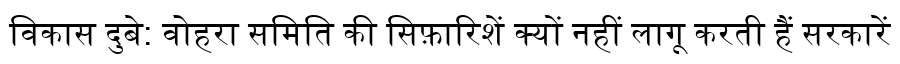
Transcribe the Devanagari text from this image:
विकास दुबे: वोहरा समिति की सिफ़ारिशें क्यों नहीं लागू करती हैं सरकारें